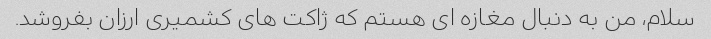
سلام، من به دنبال مغازه ای هستم که ژاکت های کشمیری ارزان بفروشد.